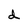
Character: d